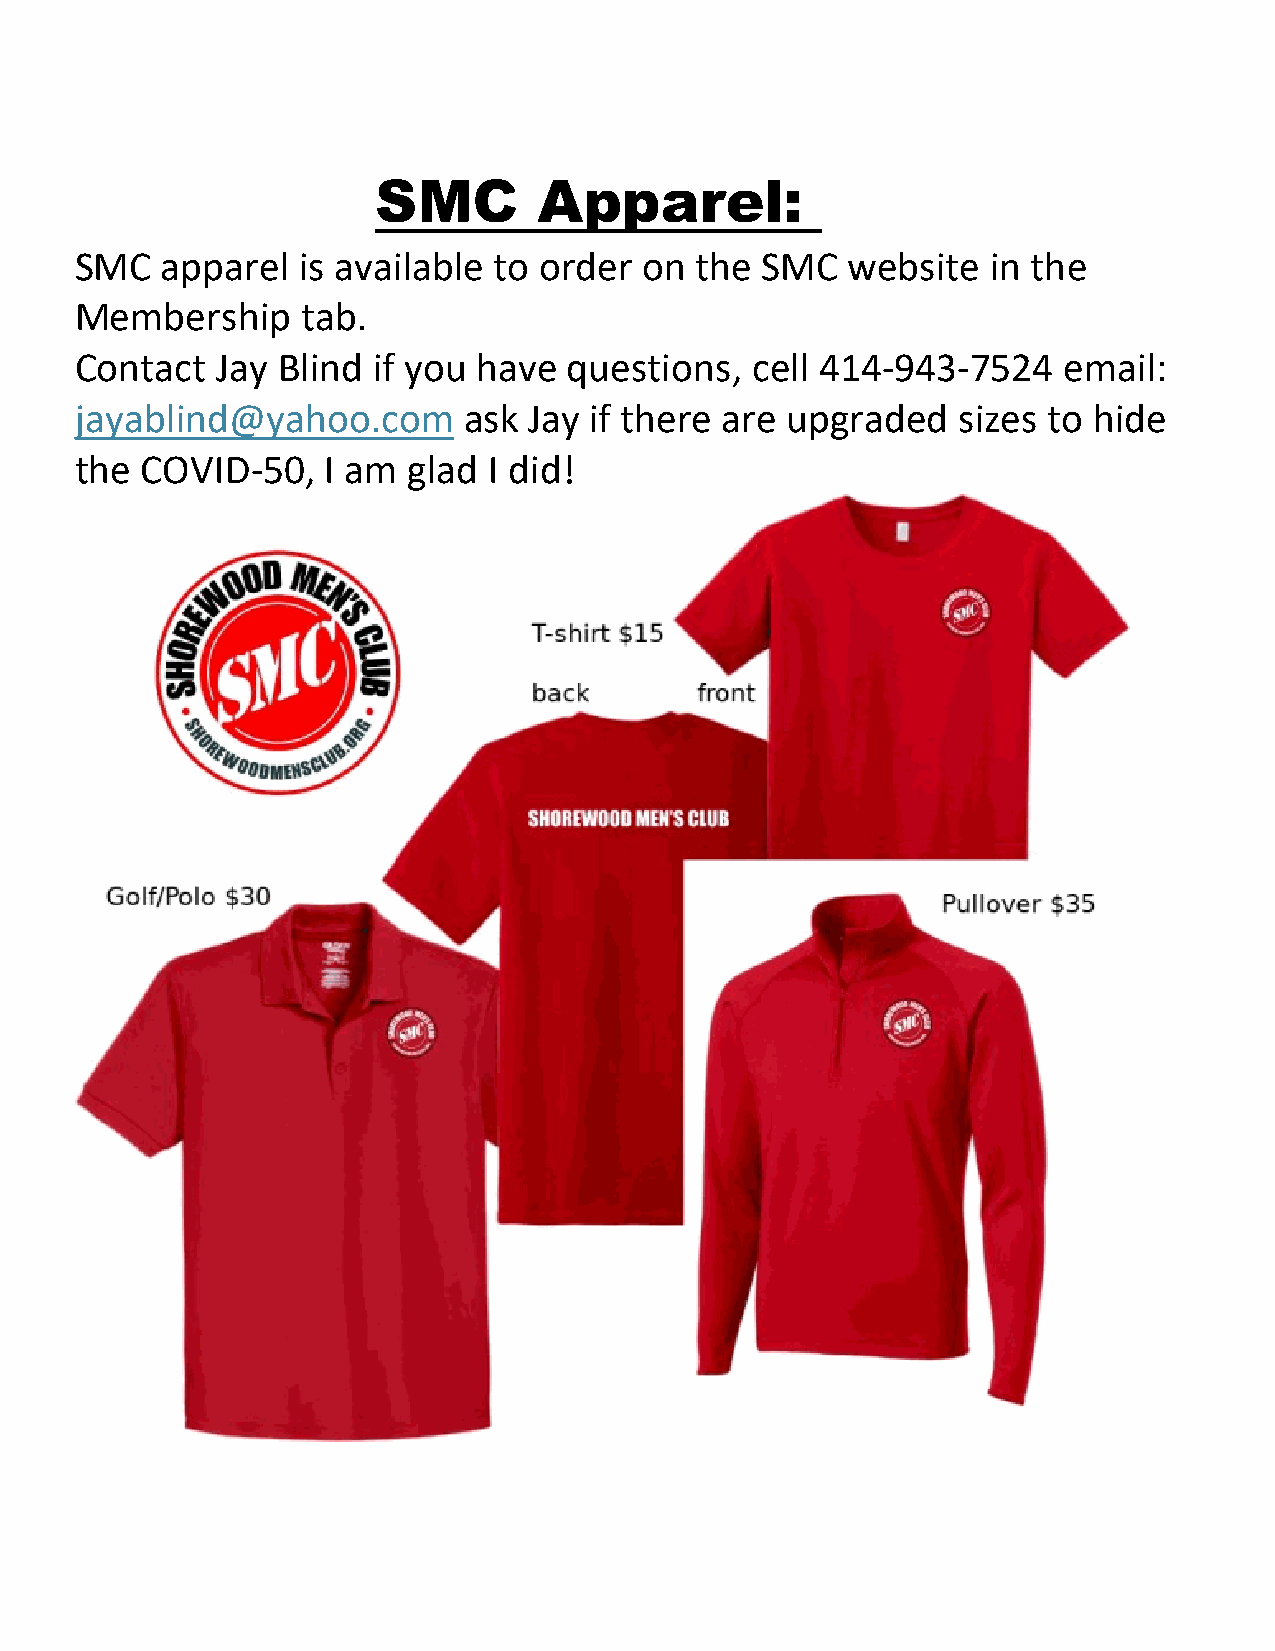
SMC        Apparel:
 SMC   apparel  is available to order  on the SMC   website   in the
 Membership     tab.
 Contact  Jay Blind  if you have  questions,  cell 414-943-7524   email:
 jayablind@yahoo.com       ask Jay if there are upgraded   sizes to hide
 the COVID-50,    I am glad I did!